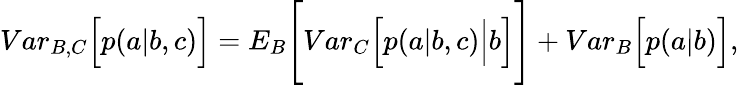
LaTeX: \begin{array}{r}{{Var}_{B,C}\Big[p(a|b,c)\Big]={E}_{B}\Bigg[{Var}_{C}\Big[p(a|b,c)\Big|b\Big]\Bigg]+{Var}_{B}\Big[p(a|b)\Big],}\end{array}